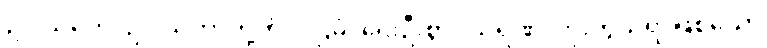
ဥပါသကေ၊ ဥပါသကာတို့ကို။ ပဌမံ၊ ရှေးဦးစွာ။ သရဏံ၊ ကိုးကွယ်ရာဖြစ်သော